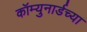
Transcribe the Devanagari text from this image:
कॉम्युनार्डच्या